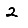
Digit: 2